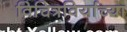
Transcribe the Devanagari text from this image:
विचित्रविर्याच्या